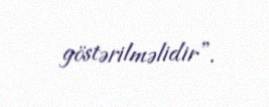
göstərilməlidir”.